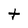
Character: t